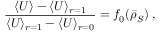
\frac { \langle U \rangle - \langle U \rangle _ { r = 1 } } { \langle U \rangle _ { r = 1 } - \langle U \rangle _ { r = 0 } } = f _ { 0 } ( \bar { \rho } _ { S } ) \; ,